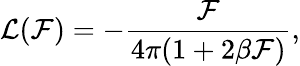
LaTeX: {\cal L}(\mathcal{F})=-\frac{{\cal F}}{4\pi(1+2\beta{\cal F})},